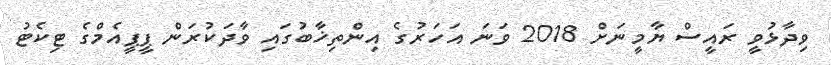
ވިދާޅުވީ ރައީސް ޔާމީނަށް 2018 ވަނަ އަހަރުގެ އިންތިޚާބުގައި ވާދަކުރަން ޕީޕީއެމްގެ ޓިކެޓު